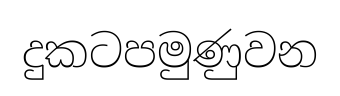
දුකටපමුණුවන